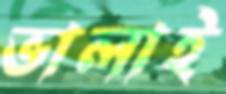
ভালাই